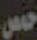
حمص